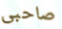
صاحبى